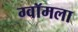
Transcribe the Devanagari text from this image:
ग्वॉमला